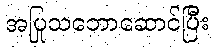
အပြုသဘောဆောင်ပြီး